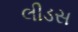
લીડસ